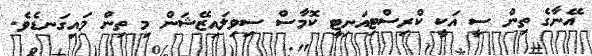
އޭނާގެ ތިން ސީ އަކީ ކްރިސްޓިއަނިޓީ ކޮމާސް ސިވިލައިޒޭޝަން މި ތިން މައިގަނޑެވެ.